Indian journal of veterinary science and animal husbandry - Volume 3,
Year: 1933
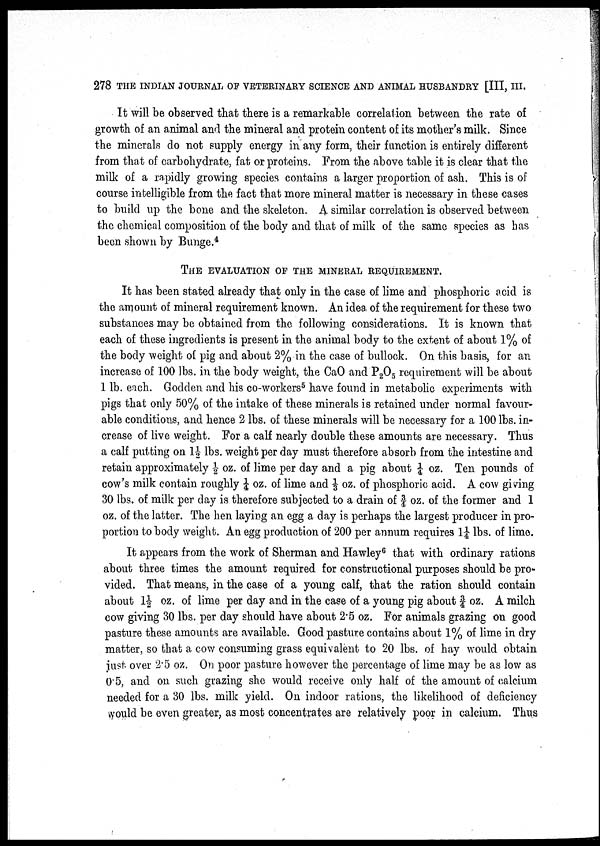
278 THE INDIAN JOURNAL OF VETERINARY SCIENCE AND ANIMAL HUSBANDRY [III, III.
It will be observed that there is a remarkable correlation between the rate of
growth of an animal and the mineral and protein content of its mother's milk. Since
the minerals do not supply energy in any form, their function is entirely different
from that of carbohydrate, fat or proteins. From the above table it is clear that the
milk of a rapidly growing species contains a larger proportion of ash. This is of
course intelligible from the fact that more mineral matter is necessary in these cases
to build up the bone and the skeleton. A similar correlation is observed between
the chemical composition of the body and that of milk of the same species as has
been shown by Bunge. 4
THE EVALUATION OF THE MINERAL REQUIREMENT.
It has been stated already that only in the case of lime and phosphoric acid is
the amount of mineral requirement known. An idea of the requirement for these two
substances may be obtained from the following considerations. It is known that
each of these ingredients is present in the animal body to the extent of about 1% of
the body weight of pig and about 2% in the case of bullock. On this basis, for an
increase of 100 lbs. in the body weight, the CaO and P 2 O 5 requirement will be about
1 lb. each. Godden and his co-workers 5 have found in metabolic experiments with
pigs that only 50% of the intake of these minerals is retained under normal favour
able conditions, and hence 2 lbs. of these minerals will be necessary for a 100 lbs. in
crease of live weight. For a calf nearly double these amounts are necessary. Thus
a calf putting on 1½ lbs. weight per day must therefore absorb from the intestine and
retain approximately ½ oz. of lime per day and a pig about ¼ oz. Ten pounds of
cow's milk contain roughly ¼ oz. of lime and ⅓ oz. of phosphoric acid. A cow giving
30 lbs. of milk per day is therefore subjected to a drain of ¾ oz. of the former and 1
oz. of the latter. The hen laying an egg a day is perhaps the largest producer in pro
portion to body weight. An egg production of 200 per annum requires 1¼ lbs. of lime.
It appears from the work of Sherman and Hawley 6 that with ordinary rations
about three times the amount required for constructional purposes should be pro
vided. That means, in the case of a young calf, that the ration should contain
about 1½ oz. of lime per day and in the case of a young pig about ¾ oz. A milch
cow giving 30 lbs. per day should have about 2.5 oz. For animals grazing on good
pasture these amounts are available. Good pasture contains about 1% of lime in dry
matter, so that a cow consuming grass equivalent to 20 lbs. of hay would obtain
just over 2.5 oz. On poor pasture however the percentage of lime may be as low as
0.5, and on such grazing she would receive only half of the amount of calcium
needed for a 30 lbs. milk yield. On indoor rations, the likelihood of deficiency
would be even greater, as most concentrates are relatively poor in calcium. Thus